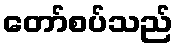
တော်စပ်သည်